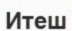
Итеш